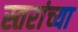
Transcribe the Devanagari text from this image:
स्तरांच्या